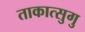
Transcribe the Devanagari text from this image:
ताकात्सुगु